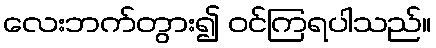
လေးဘက်တွား၍ ဝင်ကြရပါသည်။